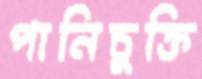
পানিচুক্তি